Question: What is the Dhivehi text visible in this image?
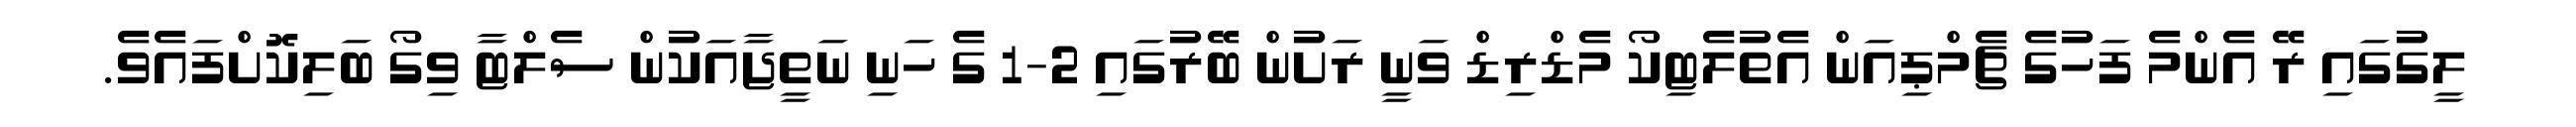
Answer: ލީގުގައި ރޭ އެންމެ ފަހުގެ ޗެމްޕިއަން އެތުލެޓިކޯ މެޑްރިޑް ވަނީ ރަށުން ބޭރުގައި 2-1 ގެ ހަނި ނަތީޖާއަކުން ސެލްޓާ ވިގޯ ބަލިކޮށްފައެވެ.